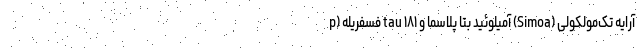
آرایه تک‌مولکولی (Simoa) آمیلوئید بتا پلاسما و tau ۱۸۱ فسفریله (p